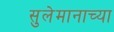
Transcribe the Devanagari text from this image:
सुलेमानाच्या